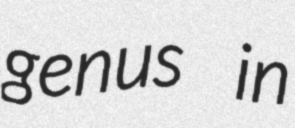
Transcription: genus in